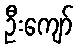
ဦးကျော်